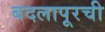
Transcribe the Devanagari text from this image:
बदलापूरची